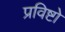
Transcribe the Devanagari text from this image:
प्रविष्टो